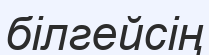
білгейсің